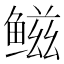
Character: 𫚤